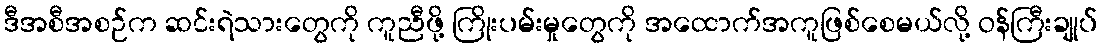
ဒီအစီအစဉ်က ဆင်းရဲသားတွေကို ကူညီဖို့ ကြိုးပမ်းမှုတွေကို အထောက်အကူဖြစ်စေမယ်လို့ ဝန်ကြီးချုပ်